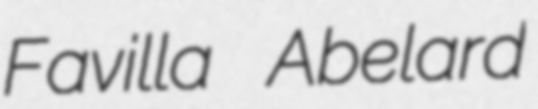
Favilla Abelard